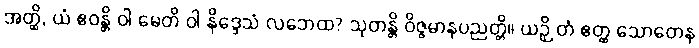
အတ္ထိ, ယံ ဧဝန္တိ ဝါ မေတိ ဝါ နိဒ္ဒေသံ လဘေထ? သုတန္တိ ဝိဇ္ဇမာနပညတ္တိ။ ယဉှိ တံ ဧတ္ထ သောတေန